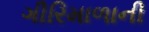
ગીરિમાળાની